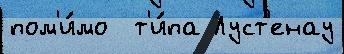
пом'и́мо  т'и́па Луст'енау